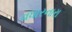
વધારનારા